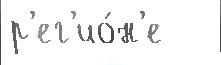
р'ег'ио́н'е